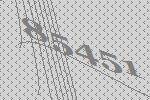
85451